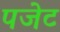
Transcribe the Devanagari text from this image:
पजेट